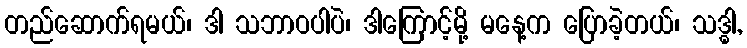
တည်ဆောက်ရမယ်၊ ဒါ သဘာဝပါပဲ၊ ဒါကြောင့်မို့ မနေ့က ပြောခဲ့တယ်၊ သဒ္ဓါ,